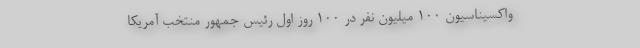
واکسیناسیون ۱۰۰ میلیون نفر در ۱۰۰ روز اول رئیس جمهور منتخب آمریکا